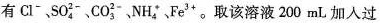
有\mathrm{Cl}^{-}、\mathrm{SO}_{4}^{2-}、\mathrm{CO}_{3}^{2-}、\mathrm{NH}_{4}^{+}、\mathrm{Fe}^{3+}。取该溶液200mL加入过